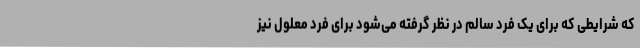
که شرایطی که برای یک فرد سالم در نظر گرفته می‌شود برای فرد معلول نیز